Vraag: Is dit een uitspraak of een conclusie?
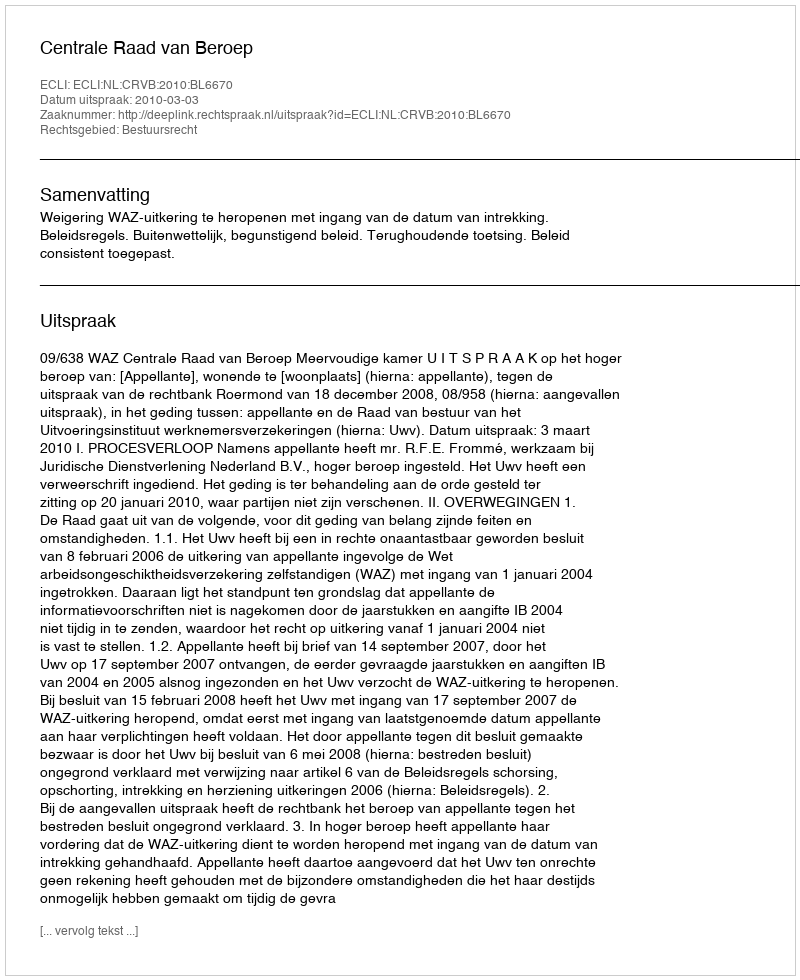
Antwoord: Uitspraak